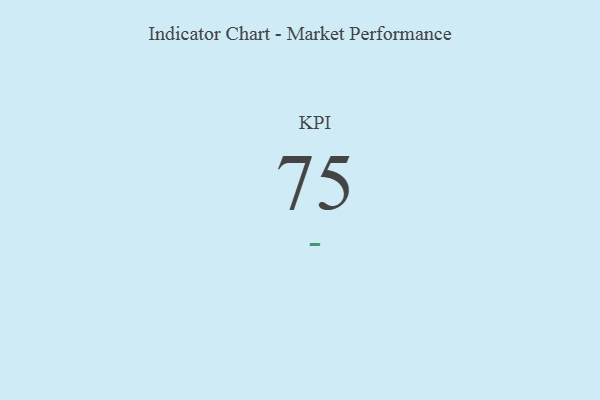
{"axis": {"x": "KPI", "y": "Value"}, "legend": [""], "data": [{"x": "KPI", "y": 75, "type": ""}]}